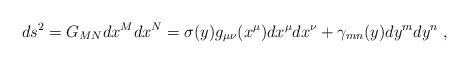
LaTeX: \begin{align*}ds^2 = G_{MN}dx^M dx^N=\sigma(y)g_{\mu\nu}(x^\mu)dx^\mu dx^\nu +\gamma_{mn}(y)dy^mdy^n~, \end{align*}